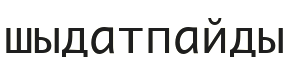
шыдатпайды